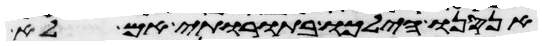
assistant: אנסנו הילכו בתורותי אם לא